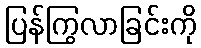
ပြန်ကြွလာခြင်းကို